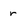
Character: r